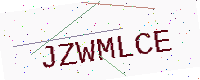
Text: JZWMLCE